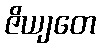
ဇိယျတေ